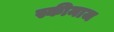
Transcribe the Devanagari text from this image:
स्कीमाज